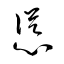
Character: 慫